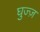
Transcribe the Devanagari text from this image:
घुज्ज़